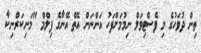
ތިން ދުވަހުގެ މި ފެސްޓިވަލް ނިމުމަށްފަހު އަންނަން އޮތް އޭނާގެ ފިލްމް "މަނިކަރްނިކާ